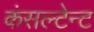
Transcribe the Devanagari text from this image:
कंसल्टेन्ट